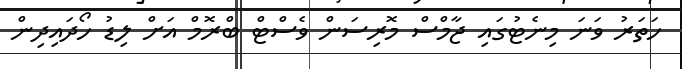
ހަތަރު ވަނަ މިނެޓުގައި ޖާމްސް މޮރިސަން ވެސްޓް ބްރޮމް އަށް ލިޑު ހޯދައިދިން